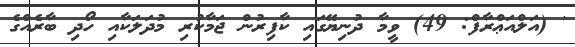
' (އަލްއަޢްރާފް: 49) ވީމާ ދުނިޔޭގައި ކާފިރުން ޖަމާކުރި މުދަލަކާއި ހޯދި ބާރެއްގެ